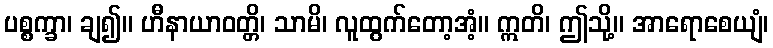
ပစ္စက္ခာ၊ ချ၍။ ဟီနာယာဝတ္တိ၊ သာမိ၊ လူထွက်တော့အံ့။ ဣတိ၊ ဤသို့။ အာရောစေယျံ၊